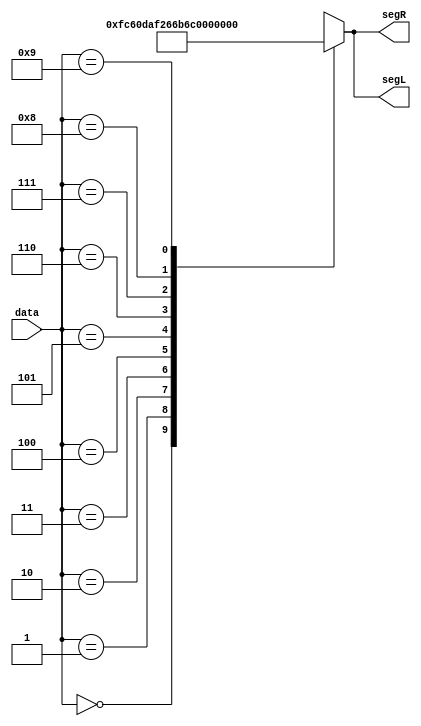
`timescale 1ns / 1ps

module decode(
    input [3:0] data, //number to display
    output [7:0] segL, segR // digit in 7 segment format to display
    );
    wire [7:0] n [9:0]; // n[i]: 7 segment format for i

    assign n[0] = 8'b11111100;
    assign n[1] = 8'b01100000;
    assign n[2] = 8'b11011010;
    assign n[3] = 8'b11110010;
    assign n[4] = 8'b01100110;
    assign n[5] = 8'b10110110;
    assign n[6] = 8'b10111110;
    assign n[7] = 8'b11100000;
    assign n[8] = 8'b11111110;
    assign n[9] = 8'b11110110;
    
    assign segL = n[data];
    assign segR = n[data];
endmodule